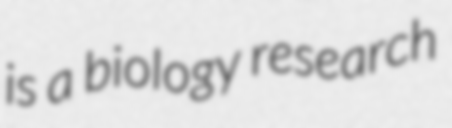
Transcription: is a biology research